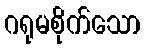
ဂရုမစိုက်သော